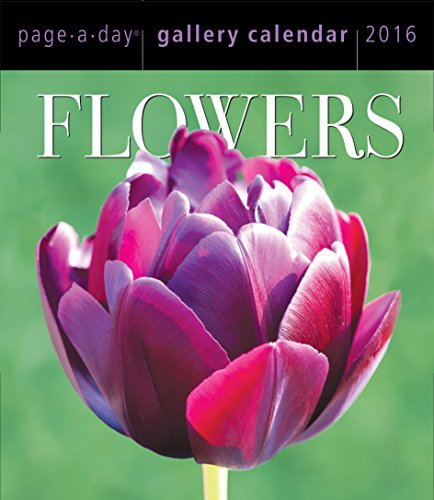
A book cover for Flowers Page-A-Day Gallery Calendar 2016; Workman Publishing; Calendars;